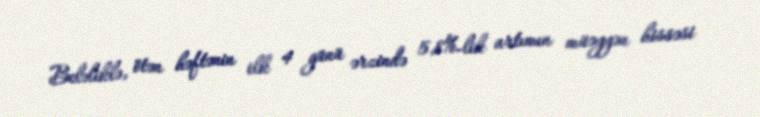
Beləliklə, ötən həftənin ilk 4 günü ərzində 5,8%-lik artımın müəyyən hissəsi